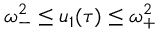
\omega _ { - } ^ { 2 } \leq u _ { 1 } ( \tau ) \leq \omega _ { + } ^ { 2 }